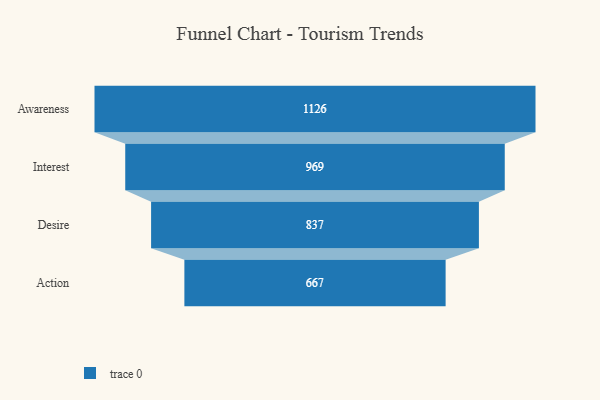
{"axis": {"x": "Stage", "y": "Value"}, "legend": [""], "data": [{"x": "Awareness", "y": 1126.0, "type": ""}, {"x": "Interest", "y": 969.0, "type": ""}, {"x": "Desire", "y": 837.0, "type": ""}, {"x": "Action", "y": 667.0, "type": ""}]}